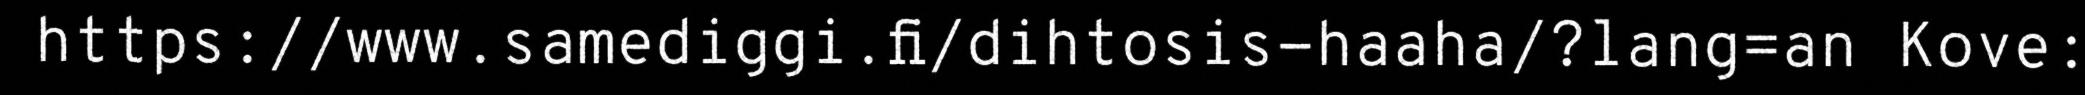
https://www.samediggi.fi/dihtosis-haaha/?lang=an Kove: